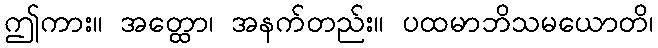
ဤကား။ အတ္ထော၊ အနက်တည်း။ ပထမာဘိသမယောတိ၊